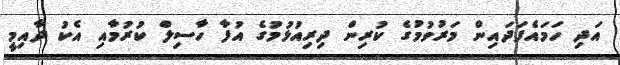
އަދި ހަމައެފަދައިން މަރުވުމުގެ ކުރިން ދިރިއުޅުމުގެ އުފާ ހާސިލް ކުރުމާއި އެކު ދާއިމީ